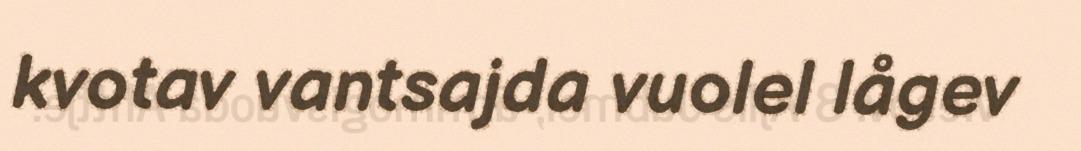
kvotav vantsajda vuolel lågev